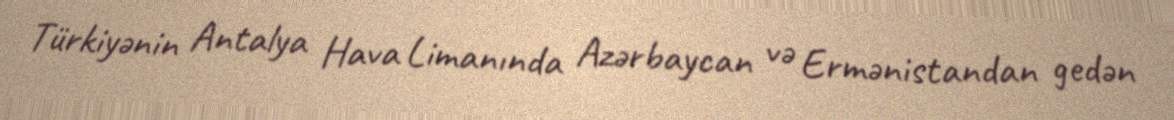
Türkiyənin Antalya Hava Limanında Azərbaycan və Ermənistandan gedən